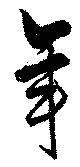
年